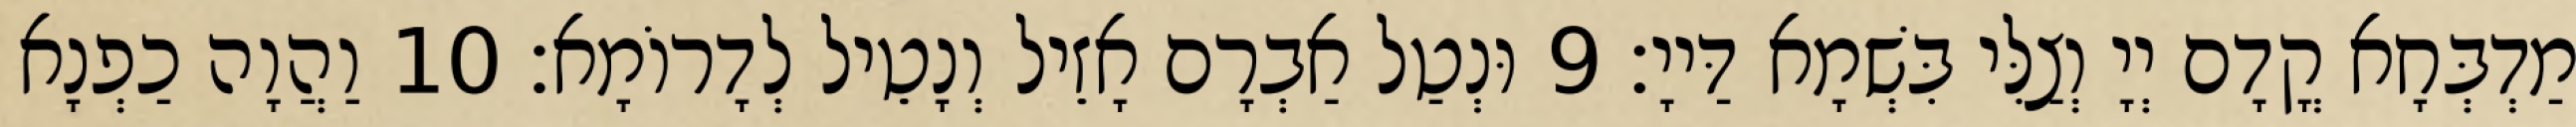
מַדְבְּחָא קֳדָם יְיָ וְצַלִּי בִּשְׁמָא דַּייָ׃ 9 וּנְטַל אַבְרָם אָזֵיל וְנָטֵיל לְדָרוֹמָא׃ 10 וַהֲוָה כַפְנָא